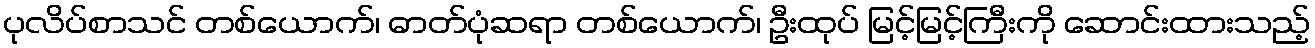
ပုလိပ်စာသင် တစ်ယောက်၊ ဓာတ်ပုံဆရာ တစ်ယောက်၊ ဦးထုပ် မြင့်မြင့်ကြီးကို ဆောင်းထားသည့်